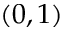
( 0 , 1 )